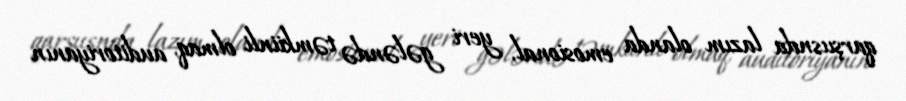
qarşıısnda lazım olanda emosional, yeri gələndə təmkiinli olmaq, auditoriyanın